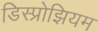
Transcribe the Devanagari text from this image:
डिस्प्रोझियम